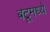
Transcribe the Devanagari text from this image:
बटूमध्ये